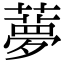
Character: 𦿏